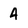
Character: 4